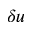
\delta u